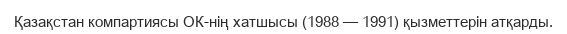
Қазақстан компартиясы ОК-нің хатшысы (1988 — 1991) қызметтерін атқарды.